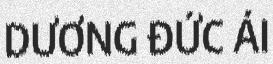
DƯƠNG ĐỨC ÁI